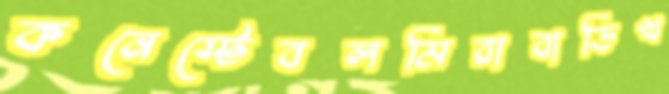
কনেস্টেবলমিরাবাড়িখ